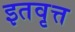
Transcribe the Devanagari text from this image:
इतवृत्त